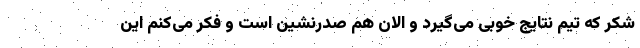
شکر که تیم نتایج خوبی می‌گیرد و الان هم صدرنشین است و فکر می‌کنم این